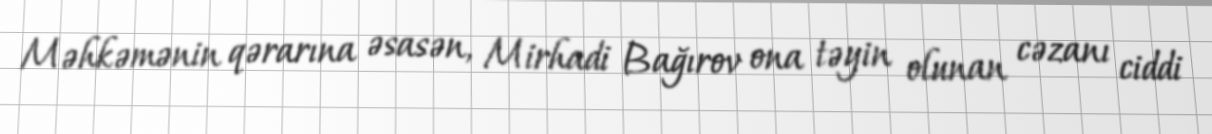
Məhkəmənin qərarına əsasən, Mirhadi Bağırov ona təyin olunan cəzanı ciddi